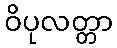
ဝိပုလတ္တာ